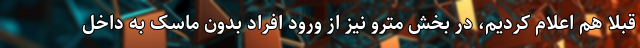
قبلا هم اعلام کردیم، در بخش مترو نیز از ورود افراد بدون ماسک به داخل